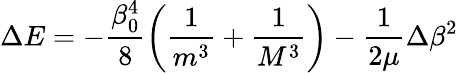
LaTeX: \Delta E=-\frac{\beta_{0}^{4}}8\left(\frac 1{m^{3}}+\frac 1{M^{3}}\right)-\frac 1{2\mu}\Delta\beta^{2}